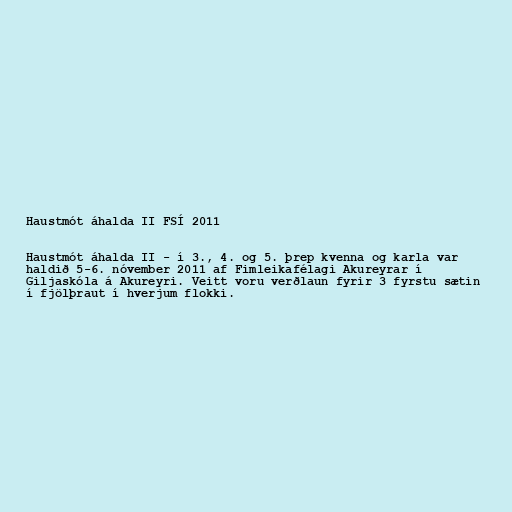
Haustmót áhalda II FSÍ 2011

Haustmót áhalda II - í 3., 4. og 5. þrep kvenna og karla var
haldið 5-6. nóvember 2011 af Fimleikafélagi Akureyrar í
Giljaskóla á Akureyri. Veitt voru verðlaun fyrir 3 fyrstu sætin
í fjölþraut í hverjum flokki.